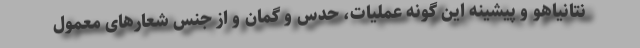
نتانیاهو و پیشینه این گونه عملیات، حدس و گمان و از جنس شعارهای معمول